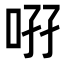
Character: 𠲚